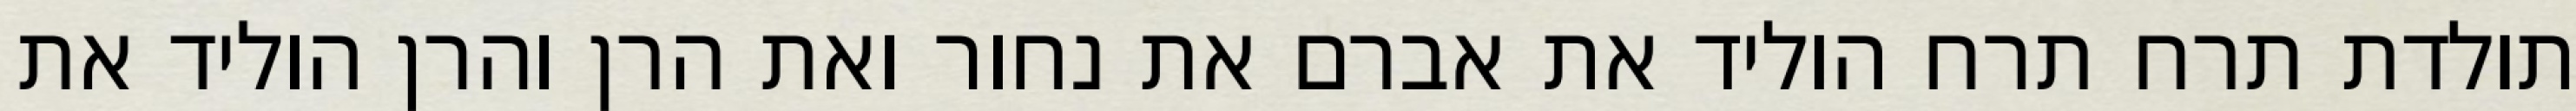
תולדת תרח תרח הוליד את אברם את נחור ואת הרן והרן הוליד את